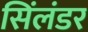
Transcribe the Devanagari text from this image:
सिंलंडर